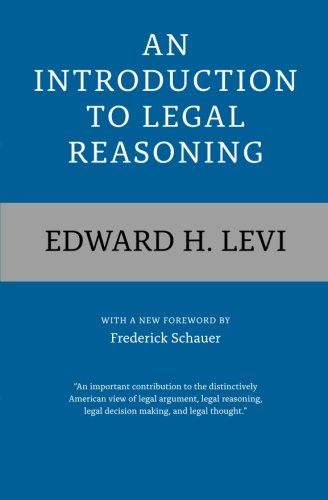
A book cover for An Introduction to Legal Reasoning; Edward H. Levi; Law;